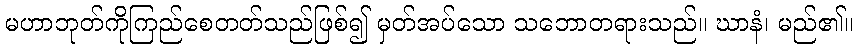
မဟာဘုတ်ကိုကြည်စေတတ်သည်ဖြစ်၍ မှတ်အပ်သော သဘောတရားသည်။ ဃာနံ၊ မည်၏။